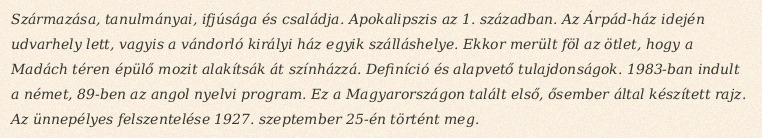
Származása, tanulmányai, ifjúsága és családja. Apokalipszis az 1. században. Az Árpád-ház idején udvarhely lett, vagyis a vándorló királyi ház egyik szálláshelye. Ekkor merült föl az ötlet, hogy a Madách téren épülő mozit alakítsák át színházzá. Definíció és alapvető tulajdonságok. 1983-ban indult a német, 89-ben az angol nyelvi program. Ez a Magyarországon talált első, ősember által készített rajz. Az ünnepélyes felszentelése 1927. szeptember 25-én történt meg.